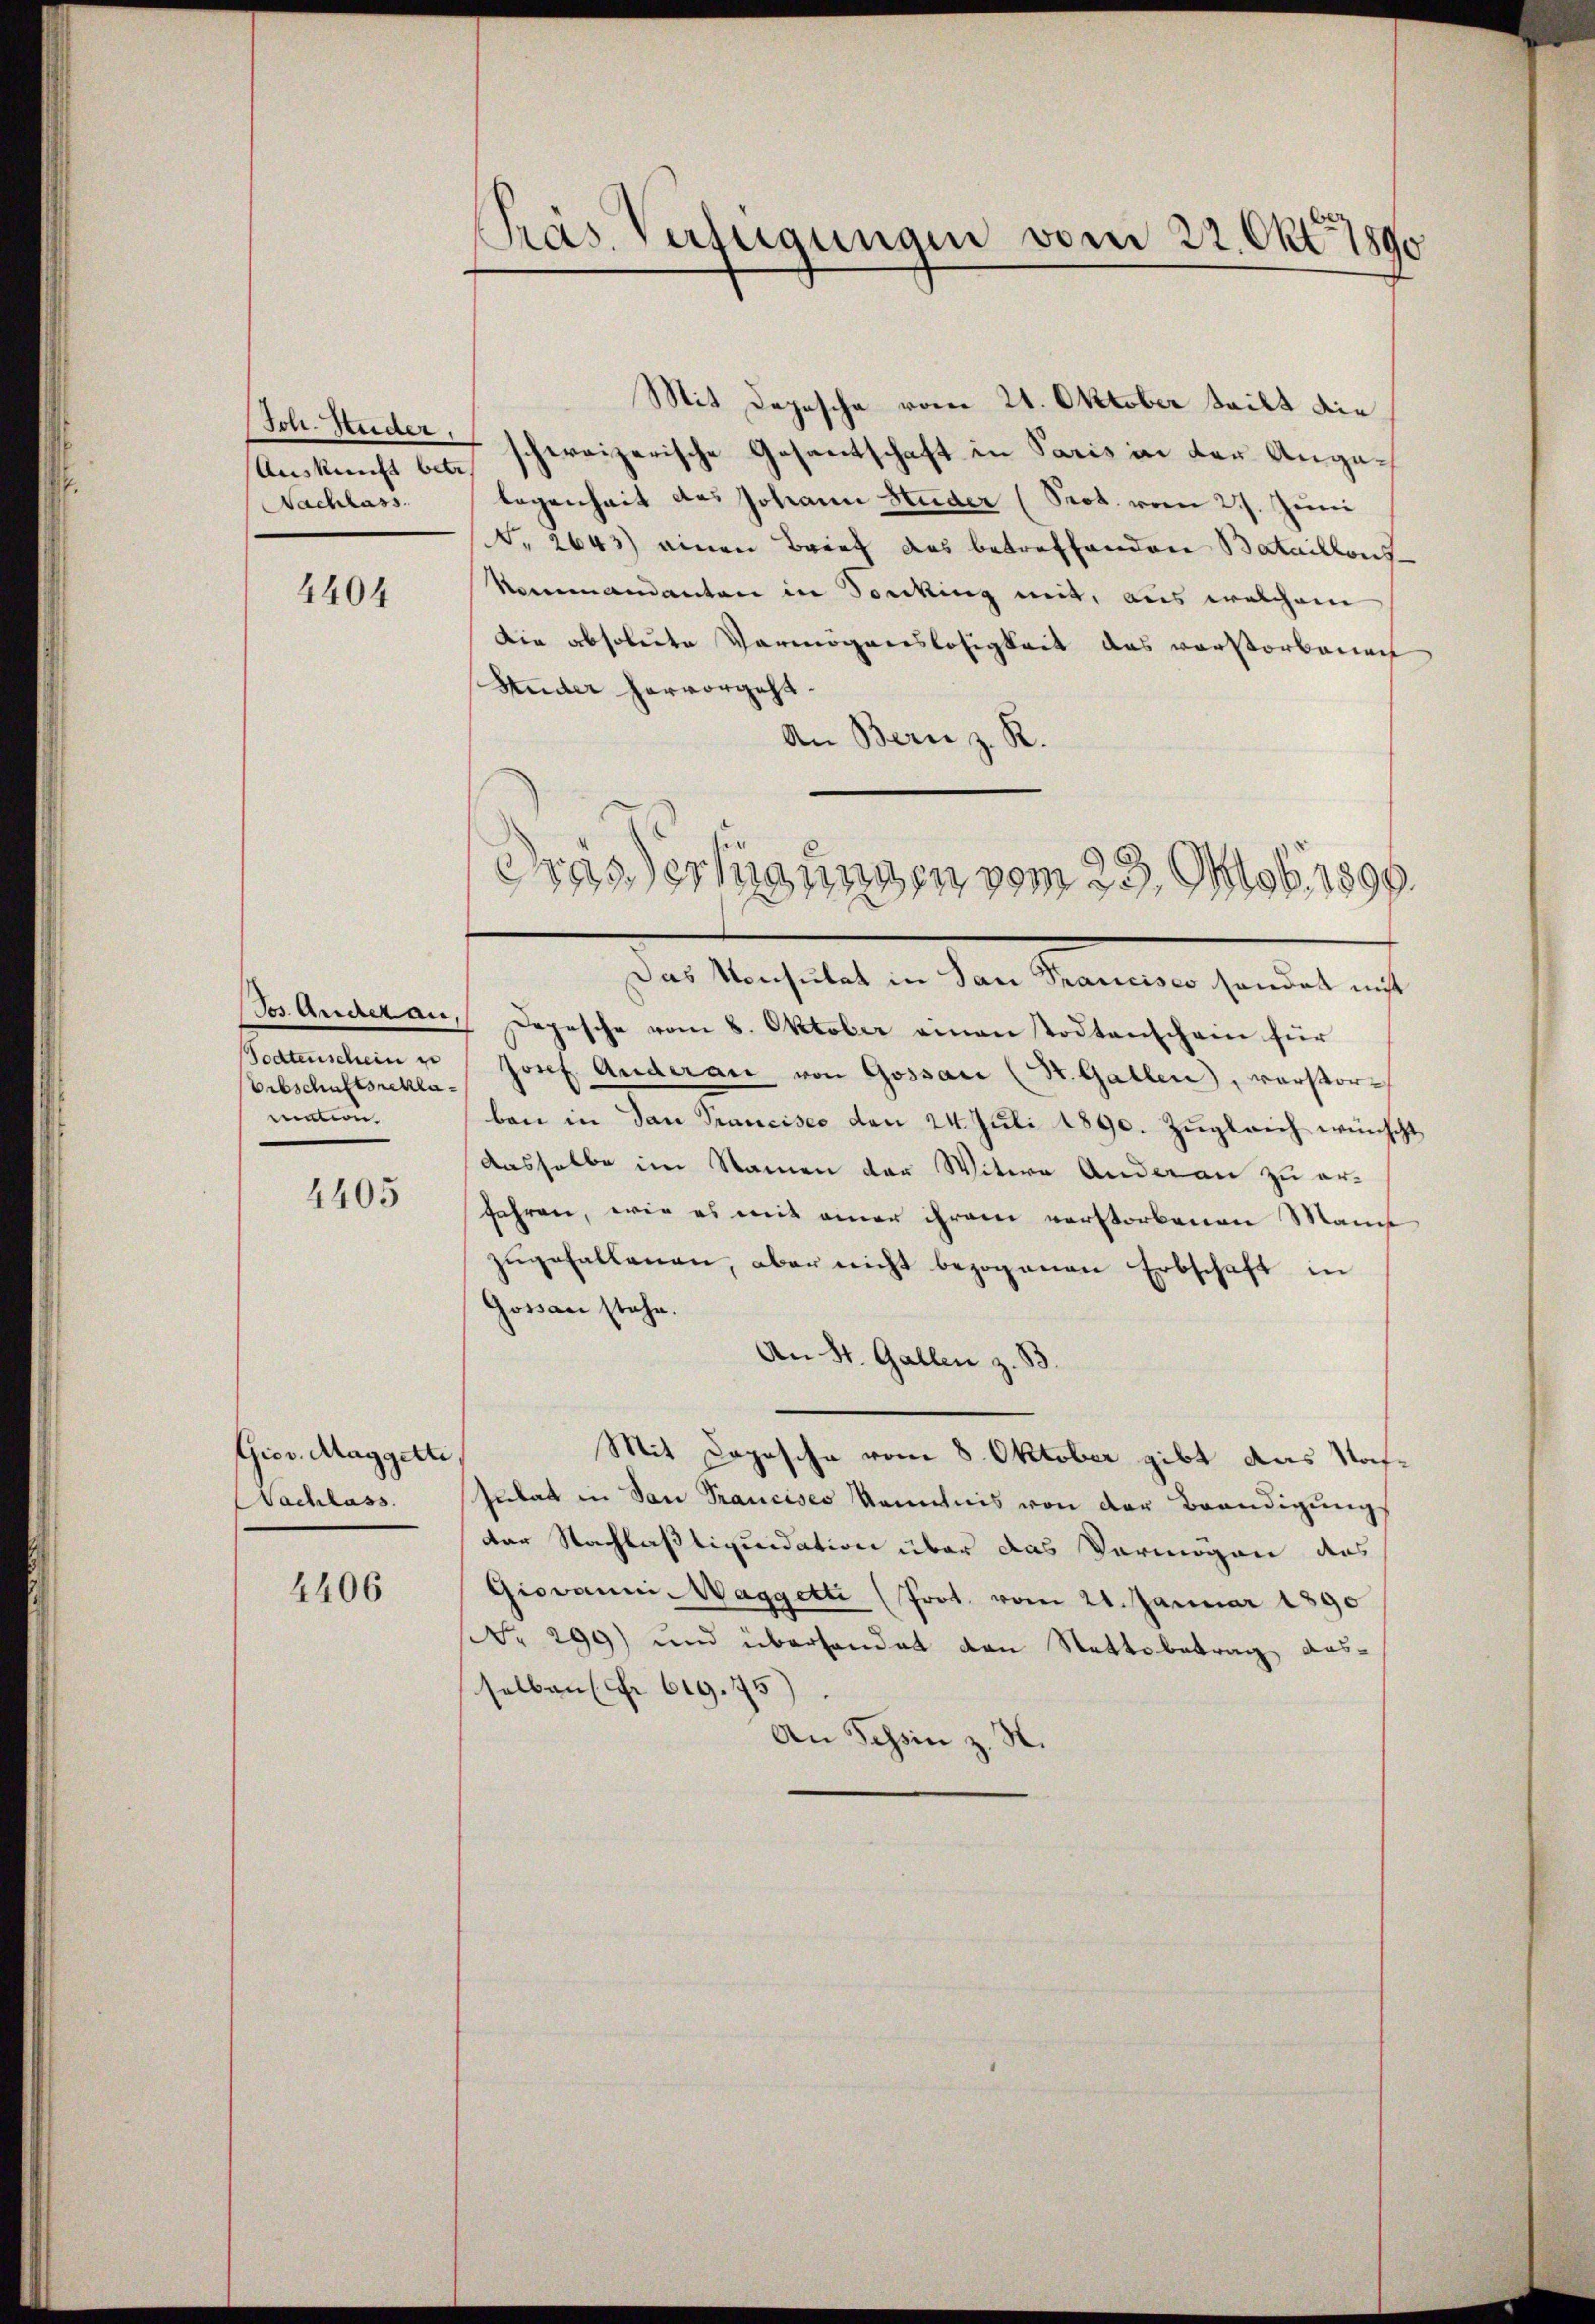
Joh. Ruder,
Nachlass.

4404

Jos. Anderan,
Todtenschein un
Erbschaftsreclamation.

4405

Gior. Maggetti
Nachlass.

4406

Pas Verfügungen vom 22. Okt. 1890

Mit Depesche vom 21. Oktober teilt die
Auskunft bin schweizerische Gesantschaft in Paris in der Angelegenheit das Johann Huder (Prot. vom 27. Juni
Nr. 2643) einen Brief das betreffenden Bataillons
Nommandanten in Sonking mit, aus welchem
Die absolute Vermögenslosigkeit des verstorbenach
Ruder hervorgeht.
An Bern z. R.
Das Konsulat in San Francisco sonder nicht
Depesche vom 8. Oktober einen Todtenschein für
Josef Anderan von Gossau (St. Gallen), verstorben in dan Prancisco den 24. Juli 1890. Zugleich wünscht
dasselbe im Namen der Witwe Anderan zu erfahren, wie es mit einer ihrem verstorbenen Mann
zugefallenen, aber nicht bezogenen Erbschaft in
Gossau stehe.
An St. Gallen z. B.
Mit Doposche vom 8. Oktober gibt das Nahsulat in San Francises Kenntnis von der Brandigungs
der Nachlastiquidation über das Vermögen des
Giovanni-Waggetti (Prot. vom 21. Januar 1890
(Nr. 299) und überhandat von Statte betrag ausselben (er 619. 75)
An Schin z. H.

Trassertigungen vom 23. Mob. 1890.